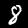
Label: 8